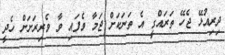
ދިރިއުޅޭ ޖެހޭ ތަރައްގީ އެ ތަނަކަށް ޖަމާ ވެފައި ވާ ވެރިރަށަށް ހެދީ